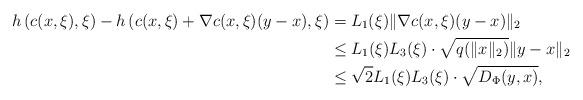
LaTeX: \begin{align*}h\left(c(x,\xi),\xi\right) - h\left(c(x,\xi)+\nabla c(x,\xi)(y-x) ,\xi\right) &= L_1(\xi)\|\nabla c(x,\xi)(y-x)\|_2 \\&\leq L_1(\xi)L_3(\xi) \cdot \sqrt{q(\|x\|_2)} \| y-x\|_2\\&\leq \sqrt{2} L_1(\xi)L_3(\xi) \cdot \sqrt{D_{\Phi}(y,x)},\end{align*}